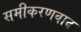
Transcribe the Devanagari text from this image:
समीकरणवाद